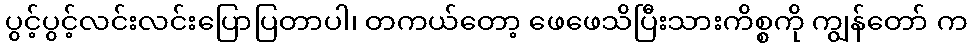
ပွင့်ပွင့်လင်းလင်းပြောပြတာပါ၊ တကယ်တော့ ဖေဖေသိပြီးသားကိစ္စကို ကျွန်တော် က